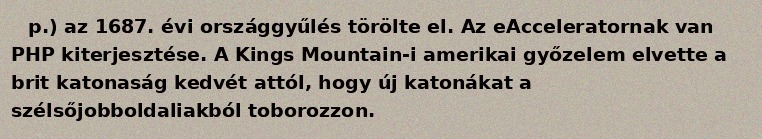
p.) az 1687. évi országgyűlés törölte el. Az eAcceleratornak van PHP kiterjesztése. A Kings Mountain-i amerikai győzelem elvette a brit katonaság kedvét attól, hogy új katonákat a szélsőjobboldaliakból toborozzon.